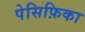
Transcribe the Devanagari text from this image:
पेसिफ़िका